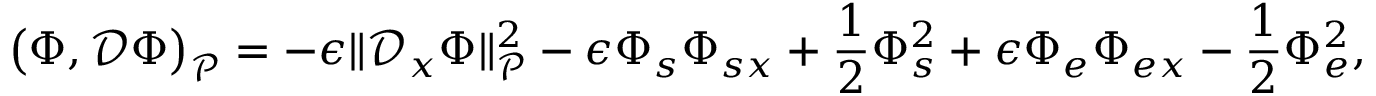
\big ( \boldsymbol { \Phi } , \mathcal { D } \boldsymbol { \Phi } \big ) _ { \mathcal { P } } = - \epsilon \| \mathcal { D } _ { x } \boldsymbol { \Phi } \| _ { \mathcal { P } } ^ { 2 } - \epsilon \Phi _ { s } \Phi _ { s x } + \frac { 1 } { 2 } \Phi _ { s } ^ { 2 } + \epsilon \Phi _ { e } \Phi _ { e x } - \frac { 1 } { 2 } \Phi _ { e } ^ { 2 } ,